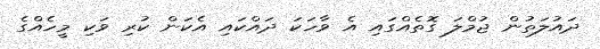
ދައުލަތުން ޖުމްލަ ގޮތެއްގައި އެ ވާހަކަ ދައްކައި އެކަން ކުރި ވަކި މީހެއްގެ